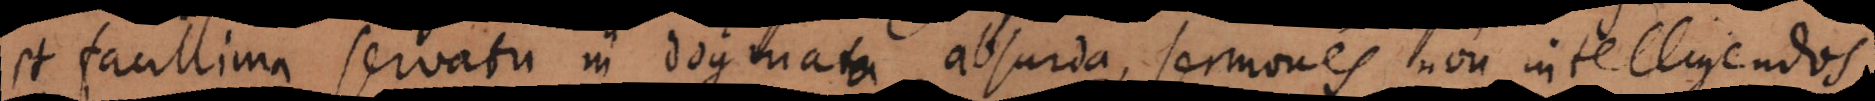
et facillima servatu in dogmata absurda, sermones non intelligendos